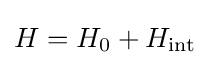
H=H_{0}+H_{\rm {int}}